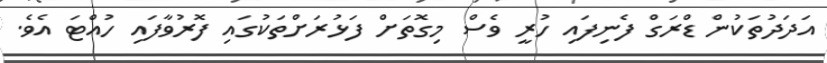
އަދަދުތަކުން ޑްރަގް ފެނިފައި ހުރީ ވެސް މިގޮތަށް ފަޅުރަށްތަކުގައި ފޮރުވާފައި ހުއްޓަ އެވެ.